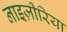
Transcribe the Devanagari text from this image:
नाइज़ीरिया